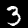
Digit: 3